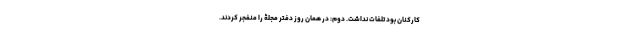
کارکنان بود تلفات نداشت. دوم: در همان روز دفتر مجلۀ را منفجر کردند.